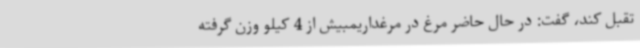
تقبل کند، گفت: در حال حاضر مرغ در مرغداریمبیش از 4 کیلو وزن گرفته